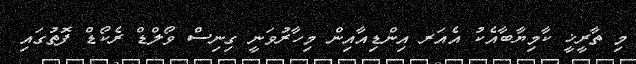
މި ތާރީޚީ ކާމިޔާބާއެކު އެއަރ އިންޑިއާއިން މިހާރުވަނީ ގިނިސް ވޯލްޑް ރެކޯޑް ފޮތުގައި